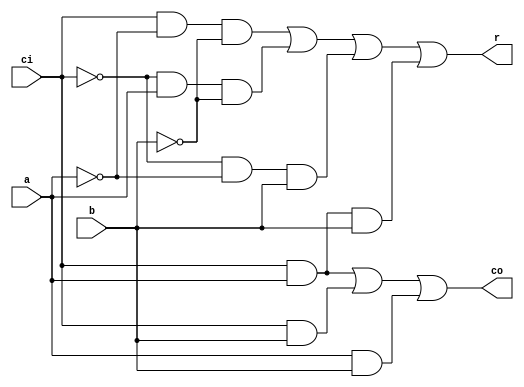
module add1b(
    input a,
    input b,
    input ci,
    output r,
    output co
    );

assign r=ci&~a&~b|~ci&a&~b|~ci&~a&b|ci&a&b;
assign co=ci&a|ci&b|a&b;
endmodule